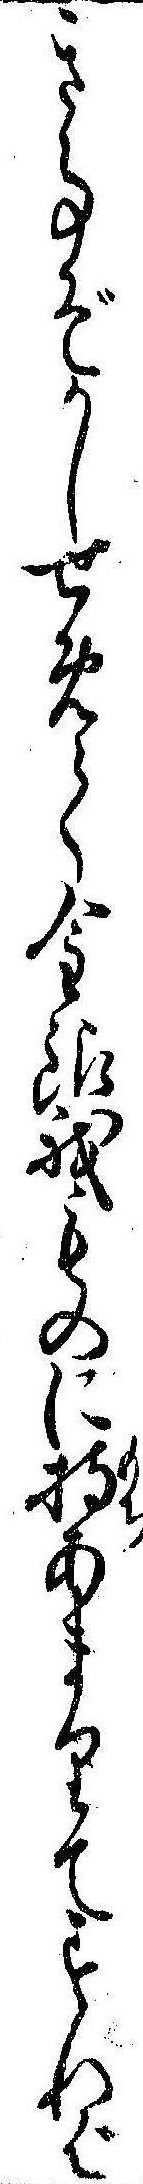
き事ぞかしせめて金銀我ものに持あまりてすれば